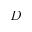
D